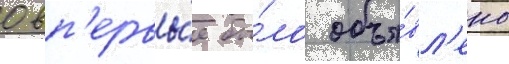
0 вп'ервы́е бы́ло объя́вл'ено